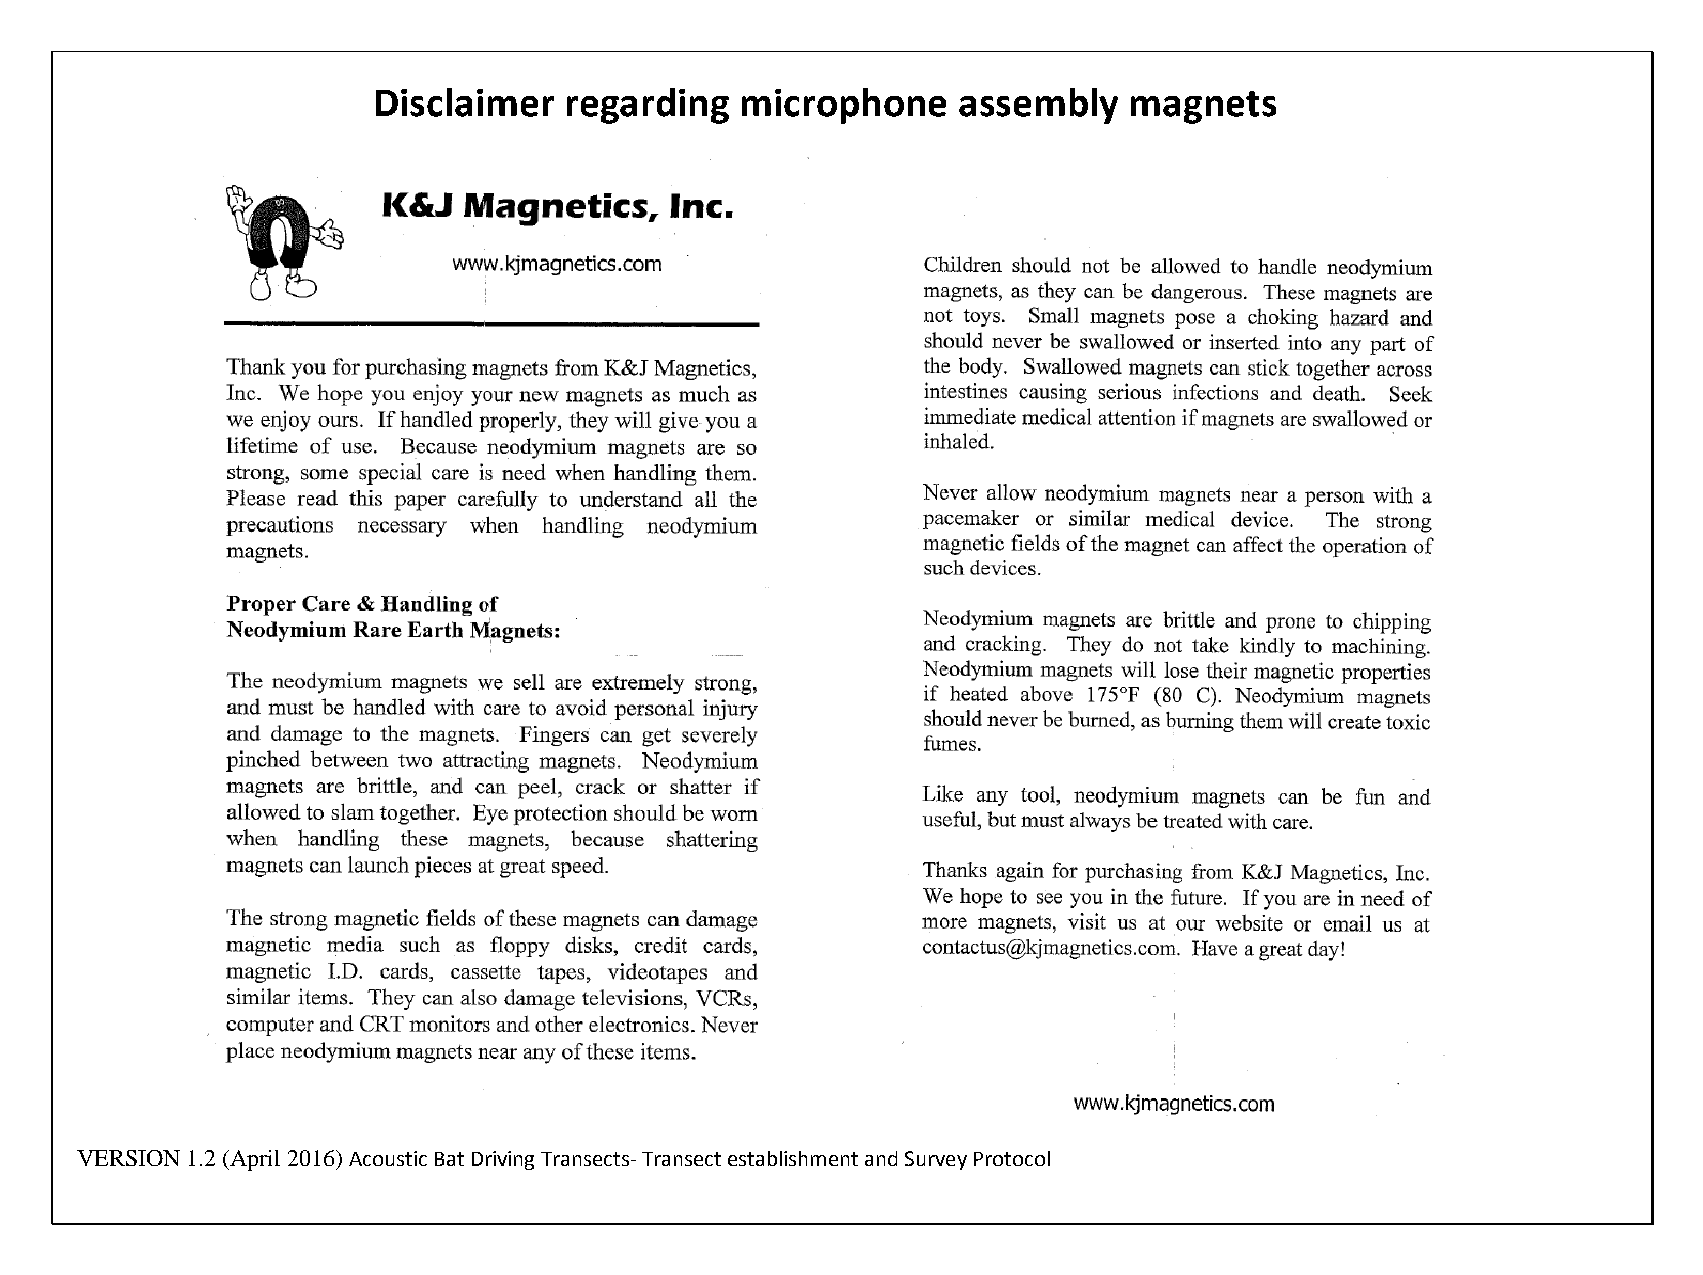
Disclaimer  regarding   microphone    assembly    magnets
 VERSION 1.2 (April 2016) Acoustic Bat Driving Transects- Transect establishment and Survey Protocol